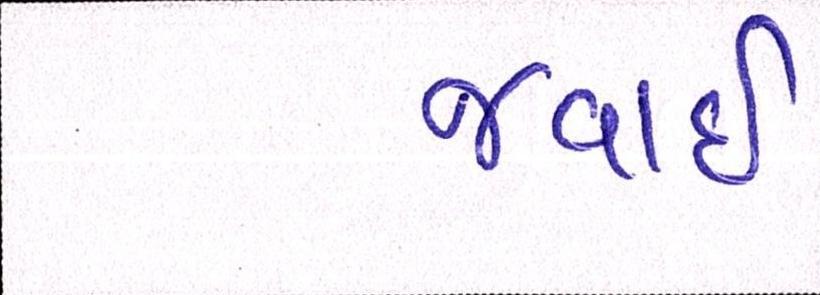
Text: જવાઇ